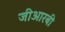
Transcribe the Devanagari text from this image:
जीआरबी